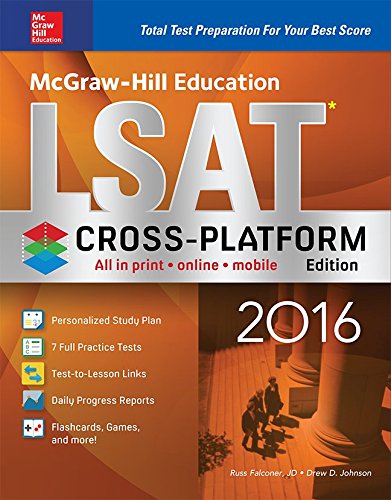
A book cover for McGraw-Hill Education LSAT 2016, Cross-Platform Edition (Mcgraw Hill's Lsat); Russ Falconer; Test Preparation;